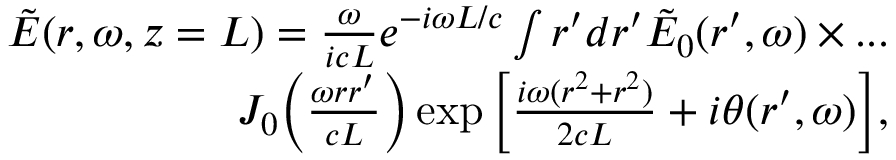
\begin{array} { r } { \tilde { E } ( r , \omega , z = L ) = \frac { \omega } { i c L } e ^ { - i \omega L / c } \int r ^ { \prime } d r ^ { \prime } \tilde { E } _ { 0 } ( r ^ { \prime } , \omega ) \times . . . } \\ { J _ { 0 } \bigg ( \frac { \omega r r ^ { \prime } } { c L } \bigg ) \exp { \bigg [ \frac { i \omega ( r ^ { 2 } + r ^ { 2 } ) } { 2 c L } + i \theta ( r ^ { \prime } , \omega ) \bigg ] } , } \end{array}